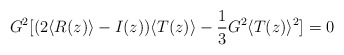
\begin{align*}G^2[(2\langle R(z) \rangle - I(z)) \langle T(z) \rangle-\frac{1}{3}G^2 \langle T(z) \rangle^2] =0\end{align*}